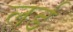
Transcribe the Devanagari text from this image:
ल़र्ड